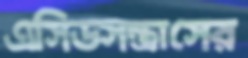
এসিডসন্ত্রাসের